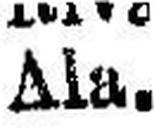
Ala